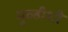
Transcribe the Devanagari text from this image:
मुव्हीशी